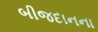
બીજદાનના